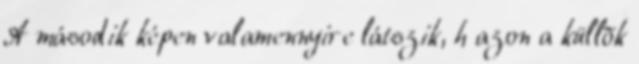
A második képen valamennyire látszik, h azon a küllõk